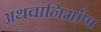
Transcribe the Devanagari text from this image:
अथवानिर्माण